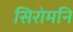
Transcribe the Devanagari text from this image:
सिरोमनि